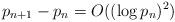
LaTeX: \begin{align*}p_{n+1}-p_{n}=O((\log p_{n})^{2})\end{align*}